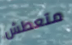
متعطش